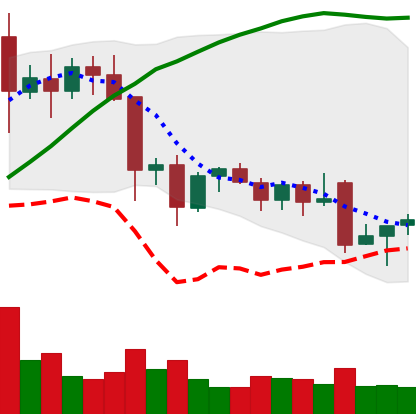
Ticker: EOS-USD
Chart end date: 2021-11-29
Forward return: -21.359%
Label: down_7plus